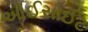
આઈસાઈટ